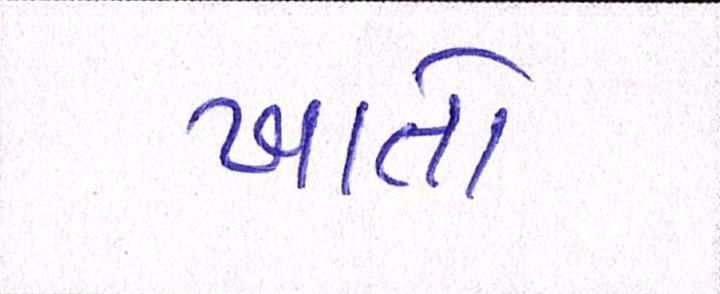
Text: ખાતો